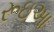
રૂઇઆ